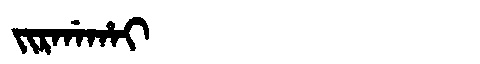
Manchu: ᠵᡳᡵᡤᠠᡥᠠᡳ
Romanization: JIRGAHAI